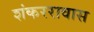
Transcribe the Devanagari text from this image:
शंकररावास